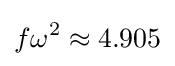
f\omega ^{2}\approx 4.905